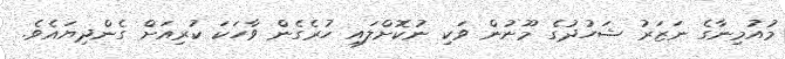
މުއުމިނާގެ ނަޒަރު ޝަހުދުގެ މޫނުން ވަކި ނުކޮށްލައި ހުރެގެން ވާހަކަ ކުރިއަށް ގެންދިޔައެވެ.